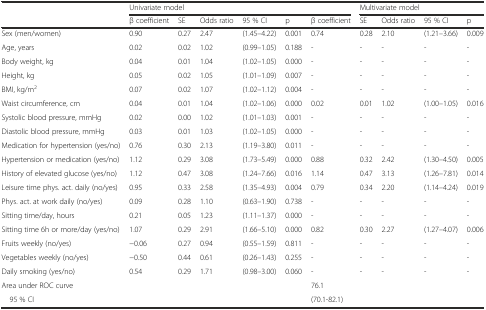
<table><thead><tr><td></td><td colspan="6"><b>Univariate model</b></td><td colspan="4"><b>Multivariate model</b></td></tr><tr><td></td><td><b>β coefficient</b></td><td><b>SE</b></td><td><b>Odds ratio</b></td><td><b>95 % CI</b></td><td><b>p</b></td><td><b>β coefficient</b></td><td><b>SE</b></td><td><b>Odds ratio</b></td><td><b>95 % CI</b></td><td><b>p</b></td></tr></thead><tbody><tr><td>Sex (men/women)</td><td>0.90</td><td>0.27</td><td>2.47</td><td>(1.45–4.22)</td><td>0.001</td><td>0.74</td><td>0.28</td><td>2.10</td><td>(1.21–3.66)</td><td>0.009</td></tr><tr><td>Age, years</td><td>0.02</td><td>0.02</td><td>1.02</td><td>(0.99–1.05)</td><td>0.188</td><td>-</td><td>-</td><td>-</td><td>-</td><td>-</td></tr><tr><td>Body weight, kg</td><td>0.04</td><td>0.01</td><td>1.04</td><td>(1.02–1.05)</td><td>0.000</td><td>-</td><td>-</td><td>-</td><td>-</td><td>-</td></tr><tr><td>Height, kg</td><td>0.05</td><td>0.02</td><td>1.05</td><td>(1.01–1.09)</td><td>0.007</td><td>-</td><td>-</td><td>-</td><td>-</td><td>-</td></tr><tr><td>BMI, kg/m<sup>2</sup></td><td>0.07</td><td>0.02</td><td>1.07</td><td>(1.02–1.12)</td><td>0.004</td><td>-</td><td>-</td><td>-</td><td>-</td><td>-</td></tr><tr><td>Waist circumference, cm</td><td>0.04</td><td>0.01</td><td>1.04</td><td>(1.02–1.06)</td><td>0.000</td><td>0.02</td><td>0.01</td><td>1.02</td><td>(1.00–1.05)</td><td>0.016</td></tr><tr><td>Systolic blood pressure, mmHg</td><td>0.02</td><td>0.00</td><td>1.02</td><td>(1.01–1.03)</td><td>0.001</td><td>-</td><td>-</td><td>-</td><td>-</td><td>-</td></tr><tr><td>Diastolic blood pressure, mmHg</td><td>0.03</td><td>0.01</td><td>1.03</td><td>(1.02–1.05)</td><td>0.000</td><td>-</td><td>-</td><td>-</td><td>-</td><td>-</td></tr><tr><td>Medication for hypertension (yes/no)</td><td>0.76</td><td>0.30</td><td>2.13</td><td>(1.19–3.80)</td><td>0.011</td><td>-</td><td>-</td><td>-</td><td>-</td><td>-</td></tr><tr><td>Hypertension or medication (yes/no)</td><td>1.12</td><td>0.29</td><td>3.08</td><td>(1.73–5.49)</td><td>0.000</td><td>0.88</td><td>0.32</td><td>2.42</td><td>(1.30–4.50)</td><td>0.005</td></tr><tr><td>History of elevated glucose (yes/no)</td><td>1.12</td><td>0.47</td><td>3.08</td><td>(1.24–7.66)</td><td>0.016</td><td>1.14</td><td>0.47</td><td>3.13</td><td>(1.26–7.81)</td><td>0.014</td></tr><tr><td>Leisure time phys. act. daily (no/yes)</td><td>0.95</td><td>0.33</td><td>2.58</td><td>(1.35–4.93)</td><td>0.004</td><td>0.79</td><td>0.34</td><td>2.20</td><td>(1.14–4.24)</td><td>0.019</td></tr><tr><td>Phys. act. at work daily (no/yes)</td><td>0.09</td><td>0.28</td><td>1.10</td><td>(0.63–1.90)</td><td>0.738</td><td>-</td><td>-</td><td>-</td><td>-</td><td>-</td></tr><tr><td>Sitting time/day, hours</td><td>0.21</td><td>0.05</td><td>1.23</td><td>(1.11–1.37)</td><td>0.000</td><td>-</td><td>-</td><td>-</td><td>-</td><td>-</td></tr><tr><td>Sitting time 6h or more/day (yes/no)</td><td>1.07</td><td>0.29</td><td>2.91</td><td>(1.66–5.10)</td><td>0.000</td><td>0.82</td><td>0.30</td><td>2.27</td><td>(1.27–4.07)</td><td>0.006</td></tr><tr><td>Fruits weekly (no/yes)</td><td>−0.06</td><td>0.27</td><td>0.94</td><td>(0.55–1.59)</td><td>0.811</td><td>-</td><td>-</td><td>-</td><td>-</td><td>-</td></tr><tr><td>Vegetables weekly (no/yes)</td><td>−0.50</td><td>0.44</td><td>0.61</td><td>(0.26–1.43)</td><td>0.255</td><td>-</td><td>-</td><td>-</td><td>-</td><td>-</td></tr><tr><td>Daily smoking (yes/no)</td><td>0.54</td><td>0.29</td><td>1.71</td><td>(0.98–3.00)</td><td>0.060</td><td>-</td><td>-</td><td>-</td><td>-</td><td>-</td></tr><tr><td>Area under ROC curve</td><td></td><td></td><td></td><td></td><td></td><td>76.1</td><td></td><td></td><td></td><td></td></tr><tr><td> 95 % CI</td><td></td><td></td><td></td><td></td><td></td><td>(70.1-82.1)</td><td></td><td></td><td></td><td></td></tr></tbody></table>